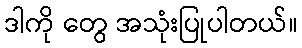
ဒါကို တွေ အသုံးပြုပါတယ်။